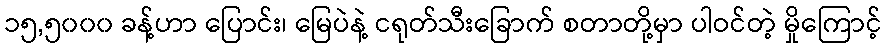
၁၅,၅၀၀၀ ခန့်ဟာ ပြောင်း၊ မြေပဲနဲ့ ငရုတ်သီးခြောက် စတာတို့မှာ ပါဝင်တဲ့ မှိုကြောင့်